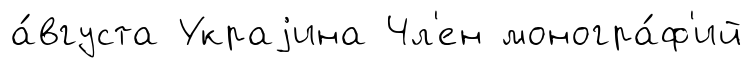
а́вгуста Украjина Чл'ен моногра́ф'ий